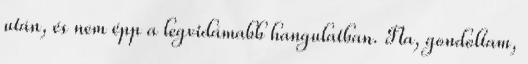
után, és nem épp a legvidámabb hangulatban. Na, gondoltam,